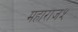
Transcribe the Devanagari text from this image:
महाराज५